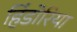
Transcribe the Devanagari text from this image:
हिंडोरिया